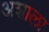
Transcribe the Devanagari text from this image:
अशाला